Civil Veterinary Dept. Bombay admin report 1932-41 - 1932-1941
Year: 1932
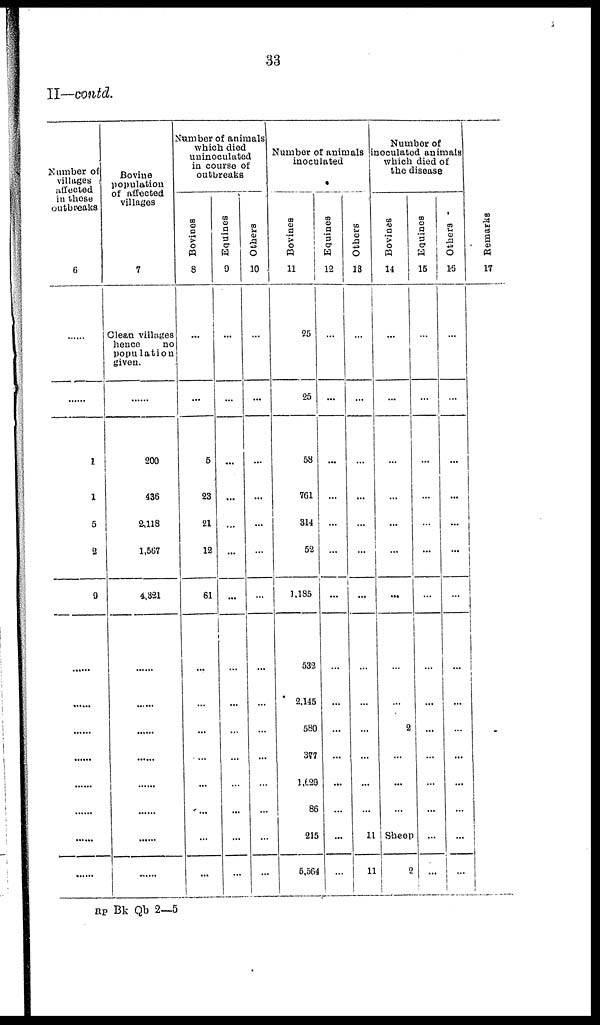
33
II—contd.
Number of
villages
affected
in these
outbreaks
6
......
......
1
1
5
2
9
......
......
......
......
......
......
......
......
Bovine
population
of affected
villages
7
Clean villages
hence
no
population
given.
......
200
436
2,118
1,567
4,321
......
......
......
......
......
......
......
......
Number of animals
which died
uninoculated
in course of
outbreaks
Bovines
8
...
...
5
23
21
12
61
...
...
...
...
...
...
...
...
Equines
9
...
...
...
...
...
...
...
...
...
...
...
...
...
...
...
Others
10
...
...
...
...
...
...
...
...
...
...
...
...
...
...
...
Number of animals
inoculated
Bovines
11
25
25
58
761
314
52
1,185
532
2,145
580
377
1,629
86
215
5,564
Equines
12
...
...
...
...
...
...
...
...
...
...
...
...
...
...
...
Others
13
...
...
...
...
...
...
...
...
...
...
...
...
...
11
11
Number of
inoculated animals
which died of
the disease
Bovines
14
...
...
...
...
...
...
...
...
...
2
...
...
...
Sheep
2
Equines
15
...
...
...
...
...
...
...
...
...
...
...
...
...
...
...
Others
16
...
...
...
...
...
...
...
...
...
...
...
...
...
...
...
Remarks
17
RP Bk Qb 2—5